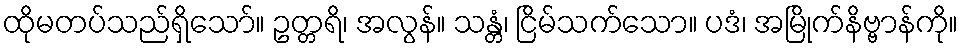
ထိုမတပ်သည်ရှိသော်။ ဥတ္တရိ၊ အလွန်။ သန္တံ၊ ငြိမ်သက်သော။ ပဒံ၊ အမြိုက်နိဗ္ဗာန်ကို။